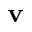
\mathbf { v }